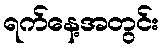
ရက်နေ့အတွင်း